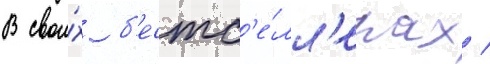
В свои́х б'естс'е́лл'ерах /